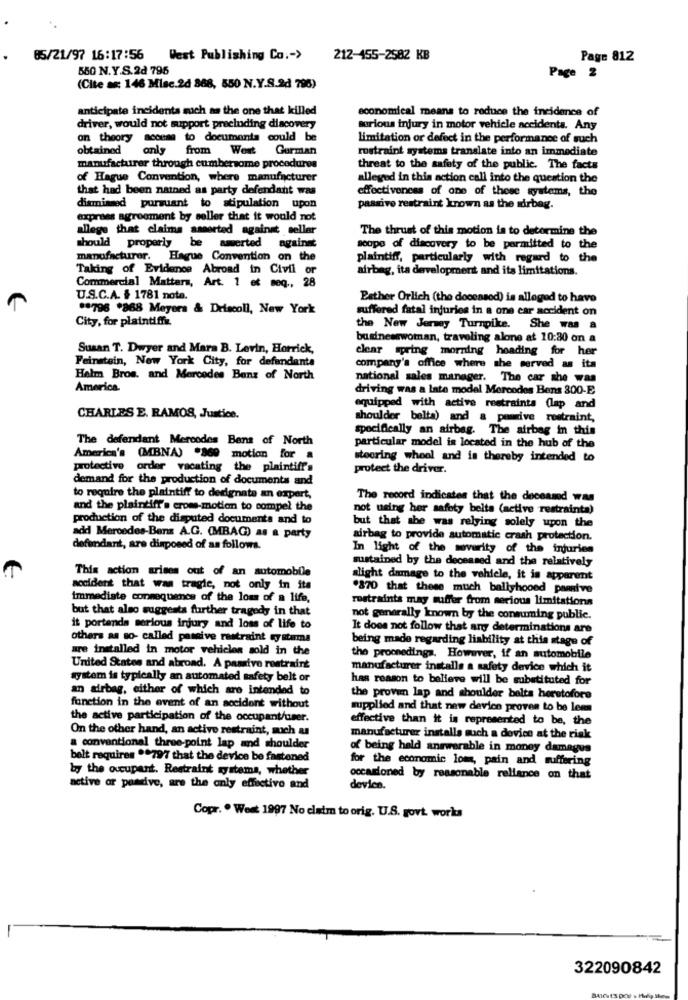
85/21/97 16:17:56
West Publishing Co .- >
212-155-2582 KB
Page 812
550 N.Y.S.2d 795
Page 2
(Cite as: 146 Misc.2d 888, 550 N.Y.S.&d 796)
anticipate incidenta much as the one that killed
economical means to reduce the incidence of
driver, would not support precinding discovery
serious injury in motor vehicle accidents. Any
on theory access to documents could be
limitation or defect in the performance of such
obtained only from West Gorman
rostraint systems translate into an immediate
manufacturer through cumbersome procedures
threat to the safety of the public. The facts
of Hague Convention, where manufacturer
alleged in this action call into the question the
that had been nained as party defendant was
effectiveness of one of these systems, the
dismissed pursuant to stipulation upon
passive restraint known as the airbag.
express agreement by seller that it would not
allege that claims assorted against seller
The thrust of this motion is to determine the
should properly be amerted
against
soupe of discovery to be permitted to the
manufacturer. Hague Convention on the
plaintiff, particularly with regard to the
Taking of Evidence Abroad in Civil or
airbag, ita development and its limitations.
Commercial Matters, Art. 1 et seq ., 28
U.S.C.A. $ 1781 nota.
Bather Orlich (the doceased) is alleged to have
** 796 .868 Meyers & Driscoll, New York
suffered fatal injuries in a one car accident on
City, for plaintiffz.
the New Jersey Turnpike. She was a
businesswoman, traveling alone at 10:30 on a
Susan T. Dwyer and Mara B. Levin, Horrick,
clear spring morning heading for her
Feinstein, New York City, for defendants
company's office where she served as its
Halm Bros. and Mercedes Benz of North
national sales manager. The car she was
America.
driving was a Inte model Mercodes Bens 300-E
equipped with active restraints (lap and
CHARLES E. RAMOS, Justice.
shoulder belta) and a pourive restraint,
specifically an airbag. The airbag in this
The defendant Mercodes Bens of North
particular model is located in the hub of the
America's (MBNA) .860 motion for a
steering wheel and is thereby intended to
protective order vacating the plaintiff's
protect the driver.
demand for the production of documents and
to require the plaintiff to designate an expert,
The record indicates that the deceased was
and the plaintiff's croms-motion to compel the
not using her safety belta (active restrainta)
production of the disputed documents and to
but that she was relying solely upon the
add Mercedes-Bens A.G. (MBAG) as a party
airbag to provide automatic crash protection.
defendant, are disposed of as follows.
In light of the severity of the injuries
sustained by the deceased and the relatively
This action arises out of an automobile
alight damage to the vehicle, it is apparent
accident that was tragie, not only in its
.870 that these much ballyhooed pamive
immediate connequenos of the loss of a life,
restraints may suffer from serious limitations
but that also suggests further tragedy in that
not generally known by the consuming public.
it portanda serious injury and loss of life to
It does not follow that any determinations are
others as so- called passive restraint ty stema
being made regarding liability at this stage of
are installed in motor vehicles sold in the
the proceedings. However, if an automobile
United States and abroad. A passive restraint
manufacturer installs a safety device which it
system is typically an automated safety belt or
has reason to believe will be substituted for
an airbag, either of which are intended to
the proven lap and shoulder belts heretofore
fonction in the event of an accident without
applied and that new device proven to be lem
the active participation of the occupant/user.
effective than it is represented to be, the
On the other hand, an active restraint, much u
manufacturer installs much a device at the risk
a conventional three-point lap and shoulder
of being held answerable in money damages
belt requires .* 797 that the device be fastened
for the economic lom, pain and suffering
by the occupant. Restraint systems, whether
occasioned by reasonable reliance on that
active or paadive, are the only effective and
device.
Copr. . West 1997 No claim to orig. U.S. govt works
322090842